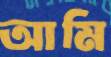
আমি